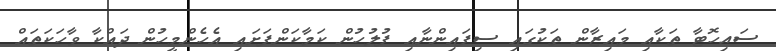
ސައިހޮޓާ ތަކާއި މައިޒާން ތަކުގައި ސިފައިންނާއި ފުލުހުން ކަމާކަންފަށައި އެހެންމީހުން ދައްކާ ވާހަކަތައް